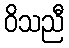
ဝိသညီ